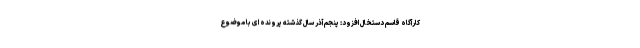
کارآگاه قاسم دستخال افزود: پنجم آذر سال گذشته پرونده ای با موضوع